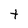
Character: t